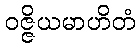
ဝဇ္ဇိယမာဟိတံ